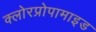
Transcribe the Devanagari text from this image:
क्लोरप्रोपामाइड